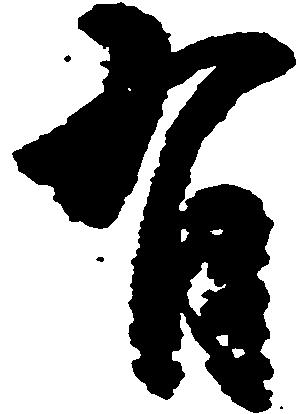
有